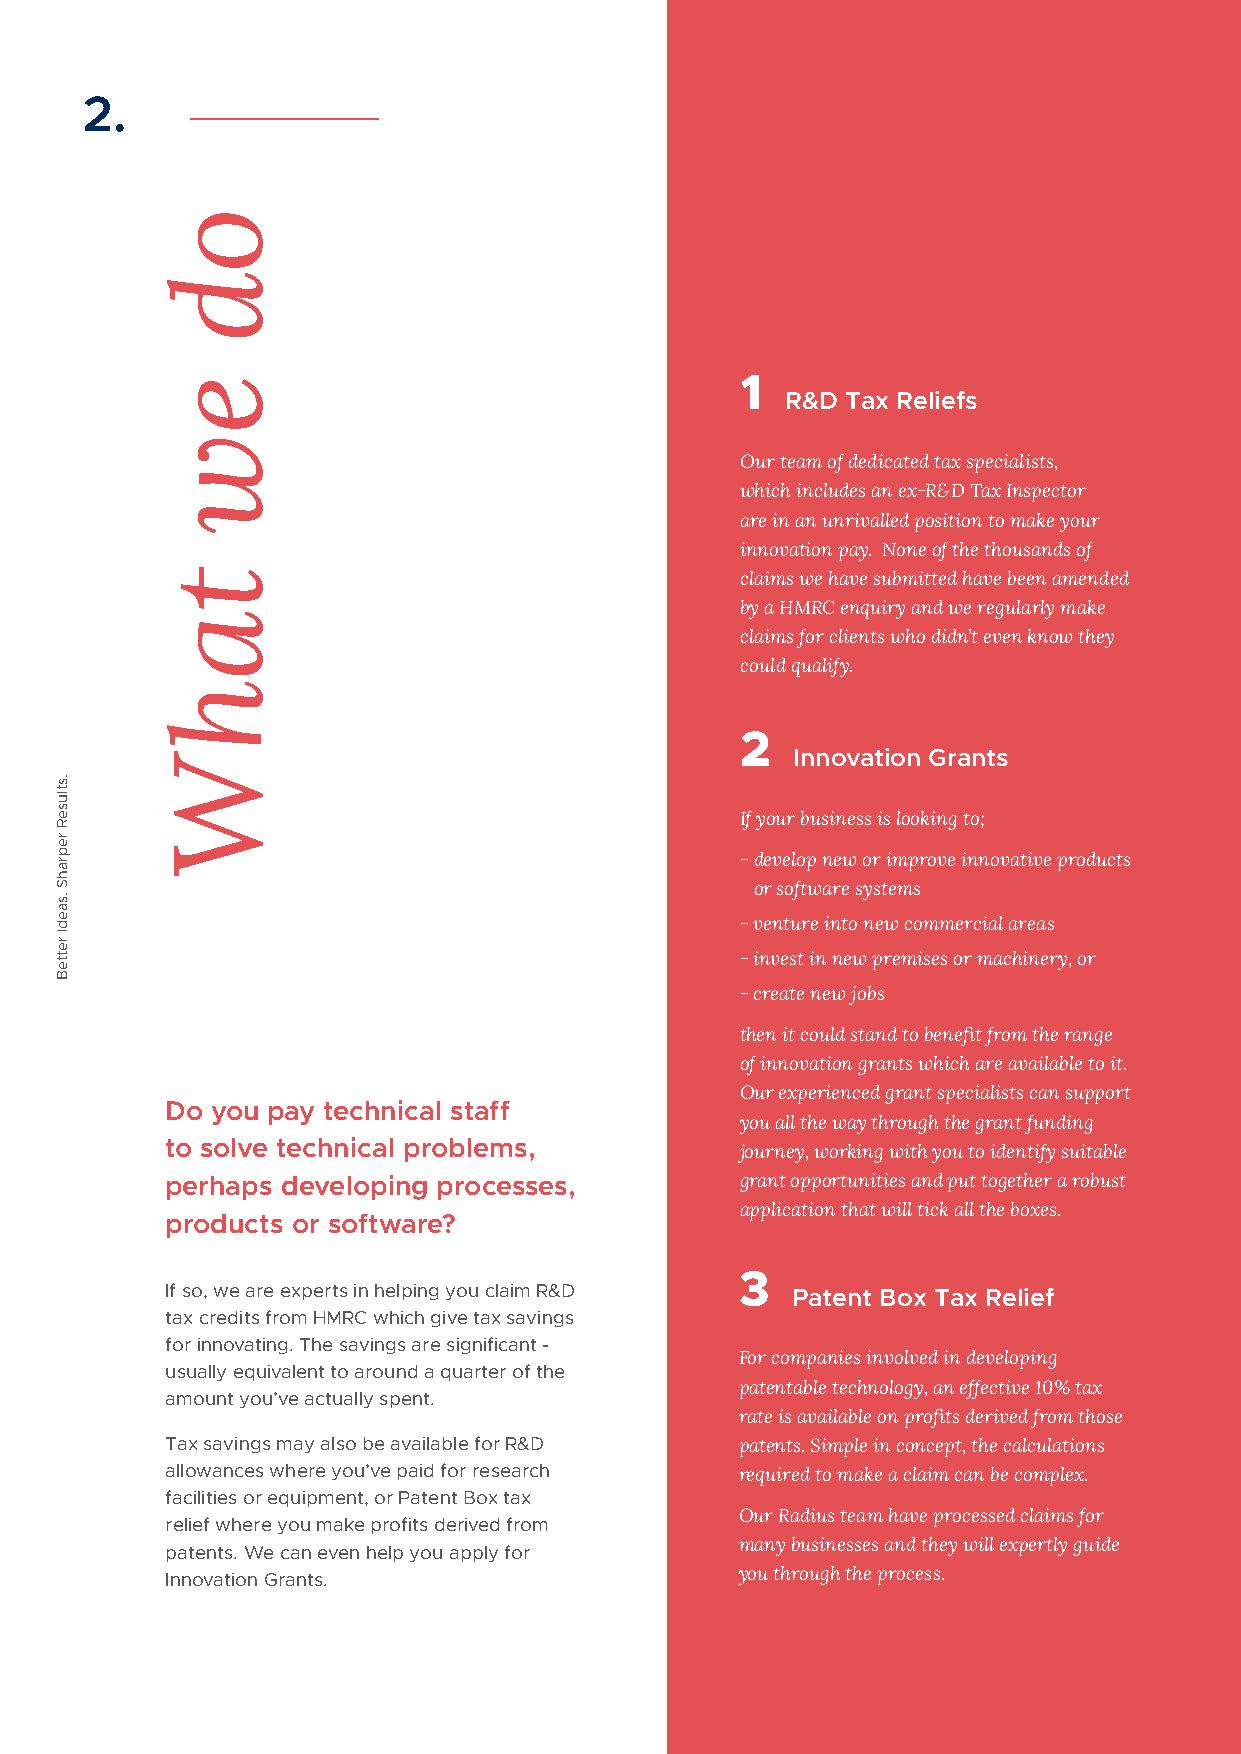
2.
 1
 R&D Tax Reliefs
 Our team of dedicated tax specialists,
 which includes an ex-R&D Tax Inspector
 are in an unrivalled position to make your
 innovation pay. None of the thousands of
 claims we have submitted have been amended
 by a HMRC enquiry and we regularly make
 claims for clients who didn’t even know they
 could qualify.
 2
 Innovation Grants
 If your business is looking to;
 - develop new or improve innovative products
 or software systems
 - venture into new commercial areas
 - invest in new premises or machinery, or
 - create new jobs
 then it could stand to benefit from the range
 of innovation grants which are available to it.
 Our experienced grant specialists can support
 Do you pay technical staff
 you all the way through the grant funding
 to solve technical problems,          journey, working with you to identify suitable
 perhaps developing processes,         grant opportunities and put together a robust
 application that will tick all the boxes.
 products or software?
 3
 If so, we are experts in helping you claim R&D Patent Box Tax Relief
 tax credits from HMRC which give tax savings
 for innovating. The savings are significant -
 For companies involved in developing
 usually equivalent to around a quarter of the
 patentable technology, an effective 10% tax
 amount you’ve actually spent.
 rate is available on profits derived from those
 Tax savings may also be available for R&D patents. Simple in concept, the calculations
 allowances where you’ve paid for research required to make a claim can be complex.
 facilities or equipment, or Patent Box tax
 Our Radius team have processed claims for
 relief where you make profits derived from
 many businesses and they will expertly guide
 patents. We can even help you apply for
 Innovation Grants.                    you through the process.
 .stluseR
 reprahS
 .saedI
 retteB
 od
 ew
 tahW